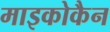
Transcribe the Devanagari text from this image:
माइकोकैन